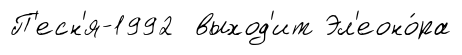
П'есн'я-1992 выход'ит Эл'еоно́ра